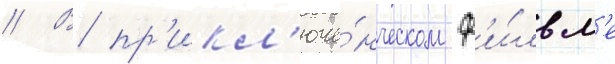
// В пр'икл'юче́нческом ф'и́льм'е